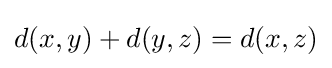
d(x,y)+d(y,z)=d(x,z)